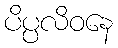
ပိပ္ပလိဝနေ